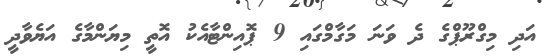
އަދި މިގްރޫޕްގެ ދެ ވަނަ މަގާމްގައި 9 ޕޮއިންޓާއެކު އޮތީ މިޔަންމާގެ އަޔެވާދީ